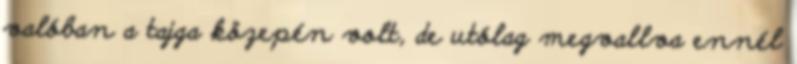
valóban a tajga közepén volt, de utólag megvallva ennél